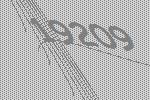
19209